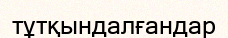
тұтқындалғандар